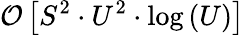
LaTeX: \mathcal{O}\left[S^{2}\cdot U^{2}\cdot\log\left(U\right)\right]